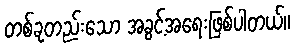
တစ်ခုတည်းသော အခွင့်အရေးဖြစ်ပါတယ်။